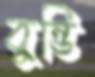
বুন্ডি